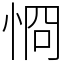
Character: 㤯